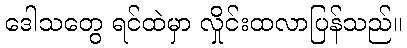
ဒေါသတွေ ရင်ထဲမှာ လှိုင်းထလာပြန်သည်။